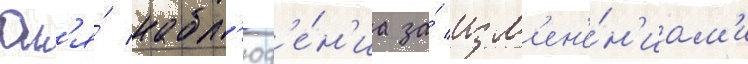
Дл'я́ набл'юд'е́н'иа за́ изм'ен'е́н'иам'и